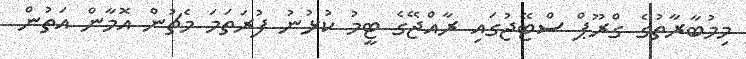
މިމުބާރާތުގެ ގްރޫޕް ސްޓޭޖުގައި ރާއްޖޭގެ ޓީމު ކުޅުނު ފުރަތަމަ މެޗުން އޮމާން އަތުން